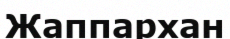
Жаппархан